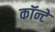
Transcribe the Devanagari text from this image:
कॉन्टे